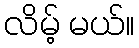
လိမ့် မယ်။